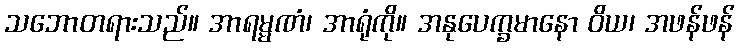
သဘောတရားသည်။ အာရမ္မဏံ၊ အာရုံကို။ အနုပေက္ခမာနော ဝိယ၊ အဖန်ဖန်